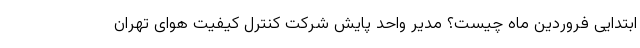
ابتدایی فروردین ماه چیست؟ مدیر واحد پایش شرکت کنترل کیفیت هوای تهران